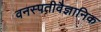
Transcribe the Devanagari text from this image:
वनस्पतीवैज्ञानिक